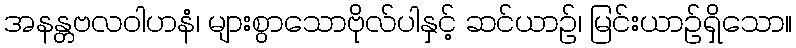
အနန္တဗလဝါဟနံ၊ များစွာသောဗိုလ်ပါနှင့် ဆင်ယာဉ်၊ မြင်းယာဉ်ရှိသော။